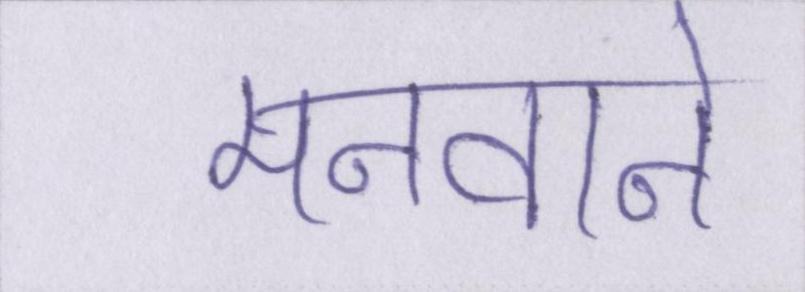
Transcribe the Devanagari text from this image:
मनवाने